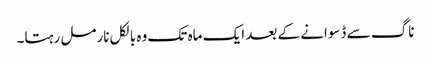
ناگ سے ڈسوانے کے بعد ایک ماہ تک وہ بالکل نارمل رہتا۔